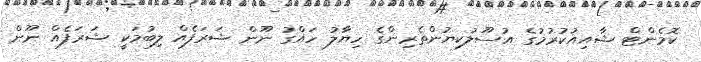
ކޮމެންޓް ޝާއިއުކުރުމުގެ އުސޫލުކިޔުންތެރިންގެ ހިޔާލު ހައްގު ނޫން ޝަރަފެއް ލިބުމަކީ ޝަރަފެއް ނޫން